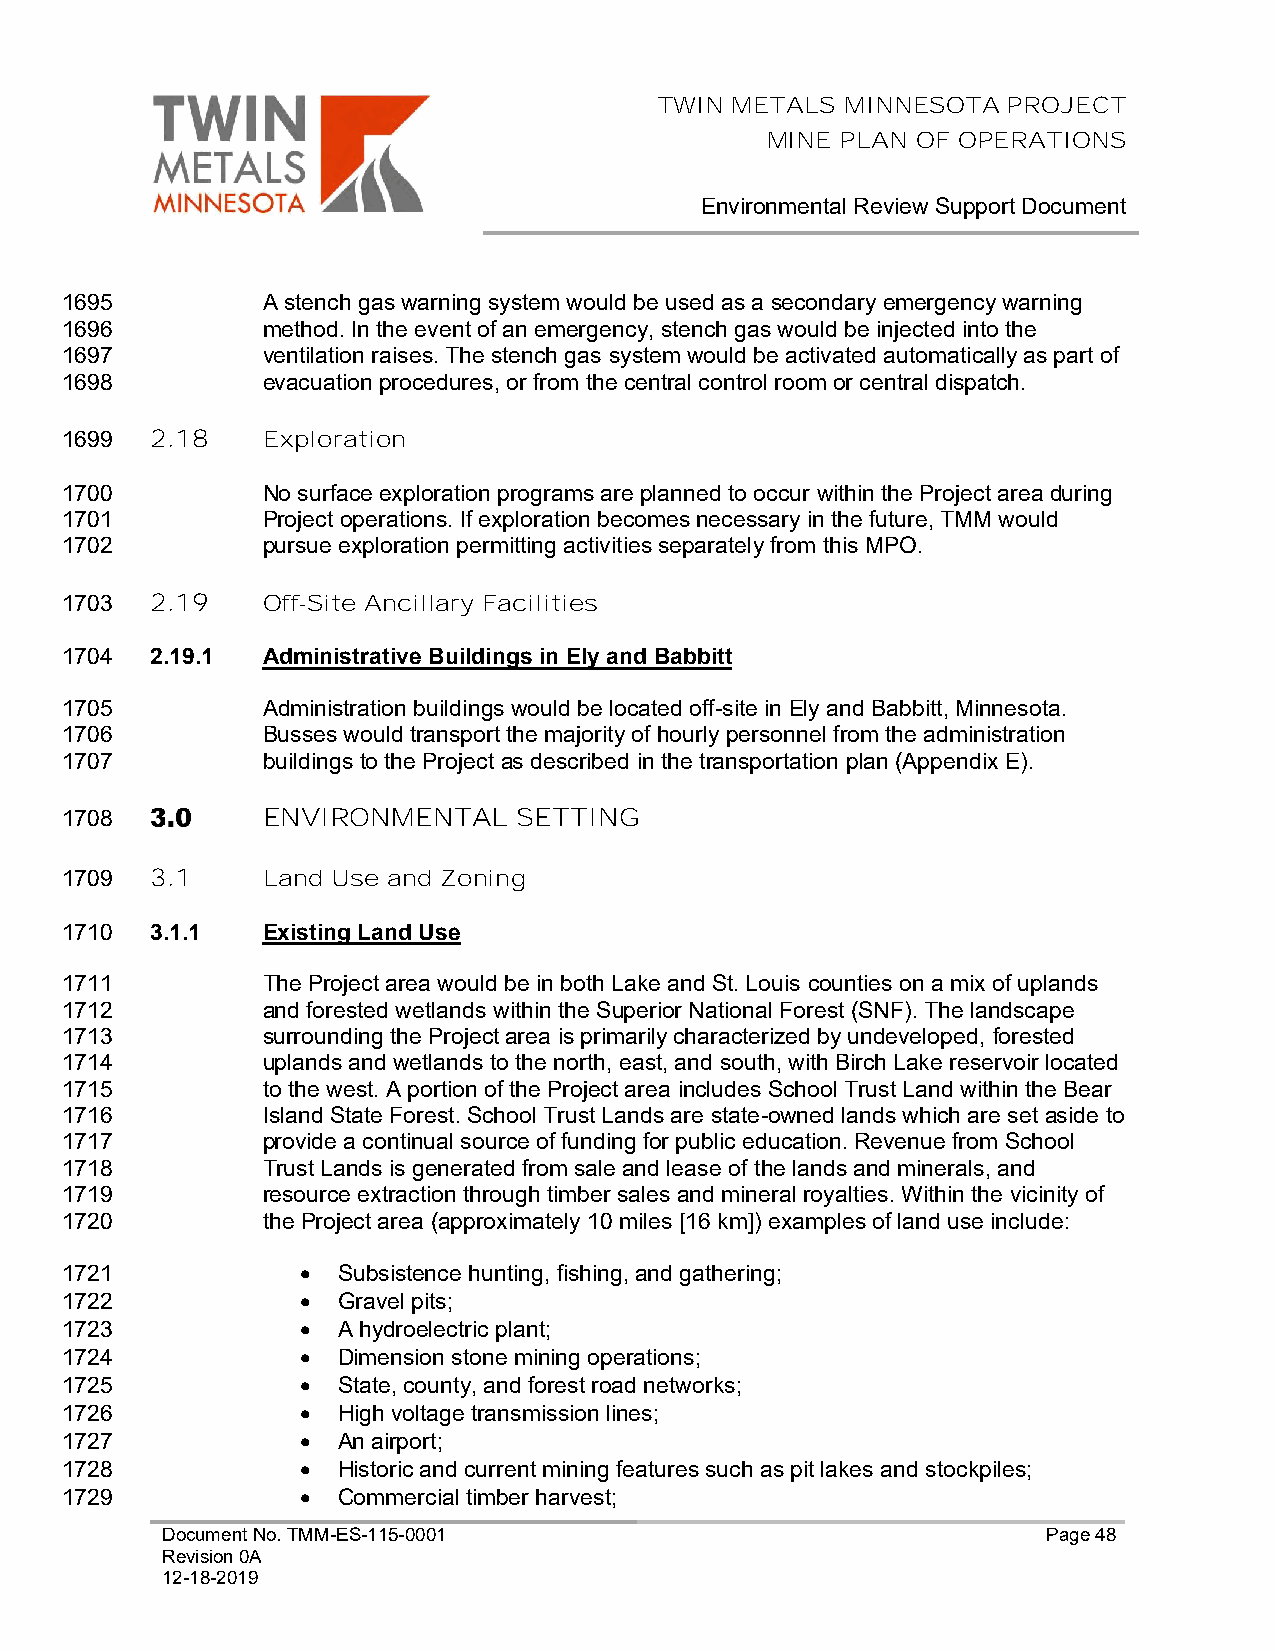
TWIN METALS MINNESOTA  PROJECT
 MINE PLAN OF OPERATIONS
 Environmental Review Support Document
 1695         A stench gas warning system would be used as a secondary emergency warning
 1696         method. In the event of an emergency, stench gas would be injected into the
 1697         ventilation raises. The stench gas system would be activated automatically as part of
 1698         evacuation procedures, or from the central control room or central dispatch.
 1699  2.18   Exploration
 1700         No surface exploration programs are planned to occur within the Project area during
 1701         Project operations. If exploration becomes necessary in the future, TMM would
 1702         pursue exploration permitting activities separately from this MPO.
 1703  2.19   Off-Site Ancillary Facilities
 1704  2.19.1 Administrative Buildings in Ely and Babbitt
 1705         Administration buildings would be located off-site in Ely and Babbitt, Minnesota.
 1706         Busses would transport the majority of hourly personnel from the administration
 1707         buildings to the Project as described in the transportation plan (Appendix E).
 1708         ENVIRONMENTAL    SETTING
 1709  3.1    Land Use and Zoning
 1710  3.1.1  Existing Land Use
 1711         The Project area would be in both Lake and St. Louis counties on a mix of uplands
 1712         and forested wetlands within the Superior National Forest (SNF). The landscape
 1713         surrounding the Project area is primarily characterized by undeveloped, forested
 1714         uplands and wetlands to the north, east, and south, with Birch Lake reservoir located
 1715         to the west. A portion of the Project area includes School Trust Land within the Bear
 1716         Island State Forest. School Trust Lands are state-owned lands which are set aside to
 1717         provide a continual source of funding for public education. Revenue from School
 1718         Trust Lands is generated from sale and lease of the lands and minerals, and
 1719         resource extraction through timber sales and mineral royalties. Within the vicinity of
 1720         the Project area (approximately 10 miles [16 km]) examples of land use include:
 1721            • Subsistence hunting, fishing, and gathering;
 1722            • Gravel pits;
 1723            • A hydroelectric plant;
 1724            • Dimension stone mining operations;
 1725            • State, county, and forest road networks;
 1726            • High voltage transmission lines;
 1727            • An airport;
 1728            • Historic and current mining features such as pit lakes and stockpiles;
 1729            • Commercial timber harvest;
 Document No. TMM-ES-115-0001                              Page 48
 Revision 0A
 12-18-2019